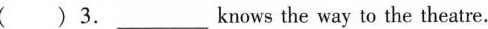
( )3. ___ knows the way to the theatre.